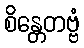
စိန္တေတဗ္ဗံ